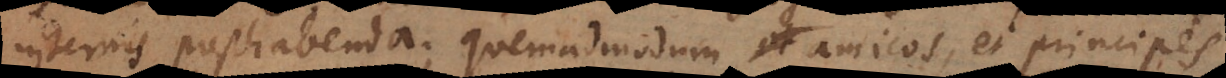
internis posthabenda; quemadmodum amicos et principes